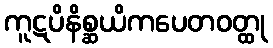
ကူဋပိနိစ္ဆယိကပေတဝတ္ထု